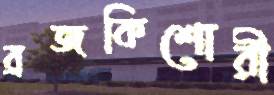
ব্রজকিশোরী